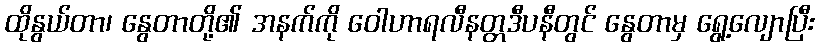
ထိုနွယ်တာ၊ နွေတာတို့၏ အနက်ကို ဝေါဟာရလီနတ္တဒီပနီတွင် နွေတာမှ ရွေ့လျောပြီး